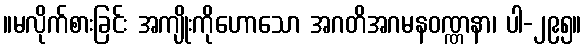
။မလိုက်စားခြင်း အကျိုးကိုဟောသော အဂတိအဂမနဝဏ္ဏနာ၊ ပါ-၂၉၅။